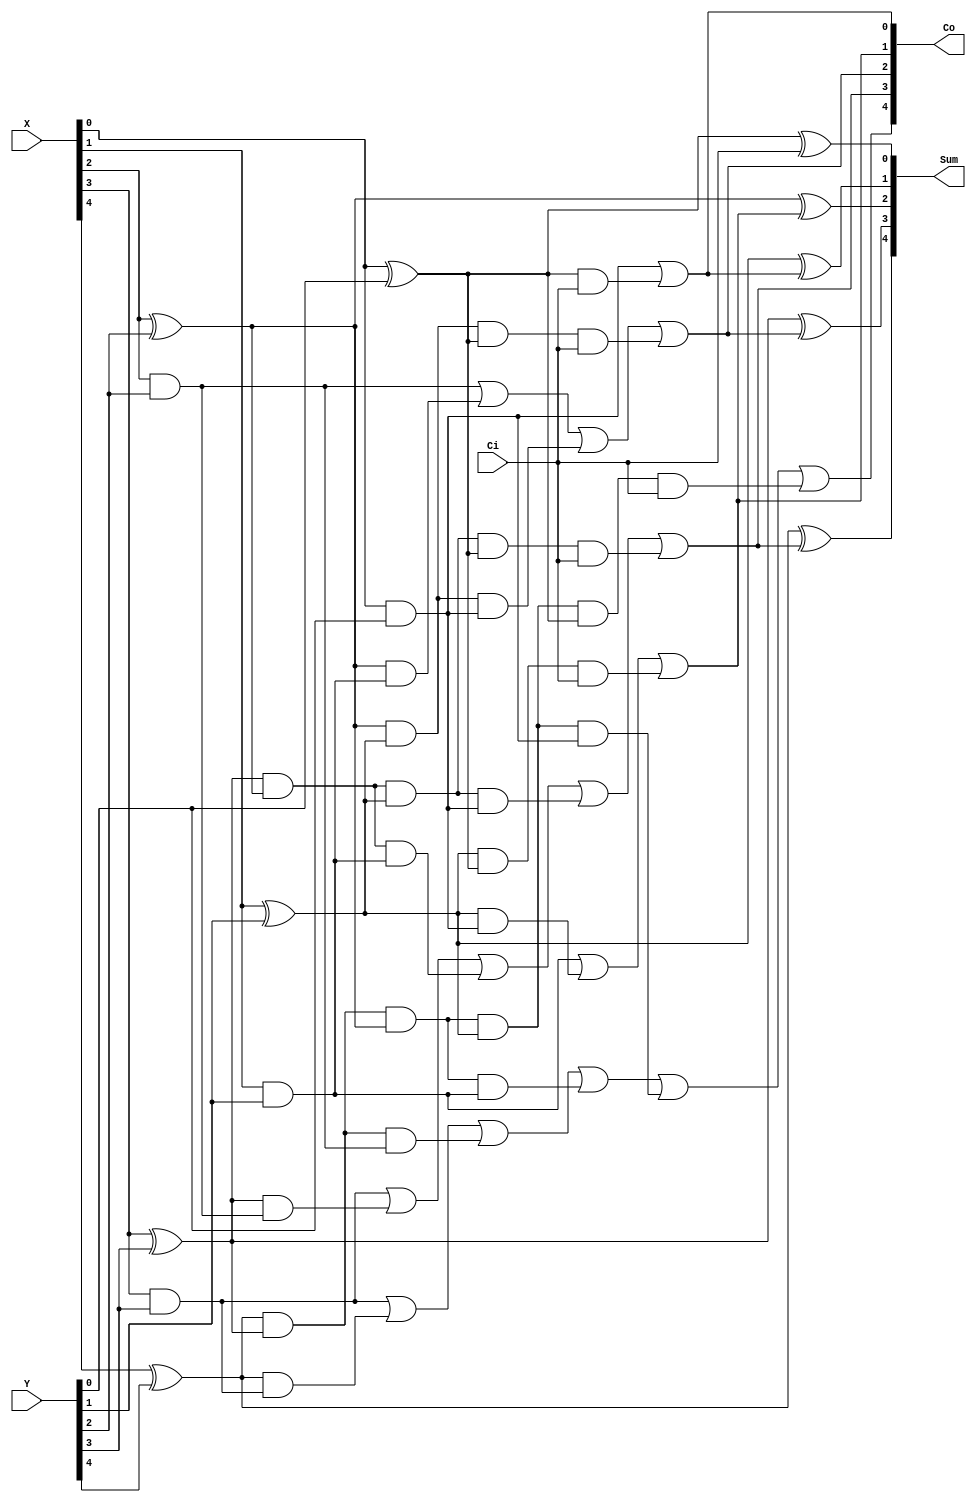
module CLA5bit(X, Y, Ci, Co, Sum);
	input [4:0] X, Y; //ngo vao hai so 4 bits
	input Ci; //co nho ngo vao
	output [4:0] Sum;//ngo ra 4 bits
	output [4:0] Co; //co nho ngo ra
	wire [4:0] Pi, Gi; //lan luot la carry propagate va carry generate
	//reg [3:0] i; //bien dem bit thu i
	//wire [1:0] selec; //bien lua chon trong bo mux4to1
	/*
	CLA cla1(.X(X[3:0]), .Y(Y[3:0]), .Ci(Ci), .Co(Co[3:0]), .Sum(Sum[3:0]));
	
	xor xor1(Pi[4], X[4], Y[4]);
	and and1(Gi[4], X[4], Y[4]);
	and and2(temp1, Pi[4], Co[3]); 
	or or1(Co[4], Gi[4], temp1);
	xor xor2(Sum[4], Pi[4], Co[3]);
	*/
	
	
	//tinh gia tri tai Sum[0]
	xor xor1(Pi[0], X[0], Y[0]);
	and and1(Gi[0], X[0], Y[0]);
	and and2(temp1, Pi[0], Ci); 
	or or1(Co[0], Gi[0], temp1);
	xor xor2(Sum[0], Pi[0], Ci);
	
	
	/*assign Pi[0]<=X[0]^Y[0];
	assign Gi[0]<=X[0]&Y[0];
	assign Co[1]<=Gi[0] | Pi[0]&Ci;
	assign Sum[0] =Pi[0]^Ci;*/
	
	//tinh gia tri tai Sum[1]
	xor xor3(Pi[1], X[1], Y[1]);
	and and3(Gi[1], X[1], Y[1]);
	and and4(temp2, Pi[1], Gi[0]);
	and and5(temp3, Pi[1], Pi[0], Ci);
	or or2(Co[1], Gi[1], temp2, temp3);
	xor xor4(Sum[1], Pi[1], Co[0]);
	
	/*
	//tinh gia tri tai Sum[1]
	assign Pi[1]<=X[1]^Y[1];
	assign Gi[1]<=X[1]&Y[1];
	assign Co[2]<=Gi[1]| Pi[1]&Gi[0] | Pi[1]&Pi[0]&Ci;
	assign Sum[1] =Pi[1]^Co[1];*/
	
	
	//tinh gia tri tai Sum[2]
	xor xor5(Pi[2], X[2], Y[2]);
	and and6(Gi[2], X[2], Y[2]);
	and and7(temp4, Pi[2], Gi[1]);
	and and8(temp5, Pi[2], Pi[1], Gi[0]);
	and and9(temp6, Pi[2], Pi[1], Pi[0], Ci);
	or or3(Co[2], Gi[2], temp4, temp5, temp6);
	xor xor6(Sum[2], Pi[2], Co[1]);
	
	
	/*
	//tinh gia tri tai Sum[2]
	assign Pi[2]<=X[2]^Y[2];
	assign Gi[2]<=X[2]&Y[2];
	assign Co[3]<=Gi[2]+Pi[2]&Gi[1] | Pi[2]&Pi[1]&Gi[0] | Pi[2]&Pi[1]&Pi[0]&Ci;
	assign Sum[2] =Pi[2]^Co[2];*/
	
	
	//tinh gia tri tai Sum[3]
	xor xor7(Pi[3], X[3], Y[3]);
	and and10(Gi[3], X[3], Y[3]);
	and and11(temp7, Pi[3], Gi[2]);
	and and12(temp8, Pi[3], Pi[2], Gi[1]);
	and and13(temp9, Pi[3], Pi[2], Pi[1], Gi[0]);
	and and14(temp10,Pi[3], Pi[2], Pi[1], Pi[0], Ci);
	or or4(Co[3], Gi[3], temp7, temp8, temp9, temp10);
	xor xor8(Sum[3], Pi[3], Co[2]);
	
	/*
	//tinh gia tri tai Sum[3]
	assign Pi[3]<=X[3^Y[3];
	assign Gi[3]<=X[3]&Y[3;
	assign Co[4]<=Gi[3]| Pi[3]&Gi[2] | Pi[3]&Pi[2]&Gi[1] | Pi[3]&Pi[2]&Pi[1]&Gi[0] | Pi[3]&Pi[2]&Pi[1]&Pi[0]&Ci;
	assign Sum[3] =Pi[3]^Co[3];*/
		

		//tinh gia tri tai Sum[3]
	xor xor9(Pi[4], X[4], Y[4]);
	and and15(Gi[4], X[4], Y[4]);
	and and16(temp11, Pi[4], Gi[3]);
	and and17(temp12, Pi[4], Pi[3], Gi[2]);
	and and18(temp13, Pi[4], Pi[3], Pi[2], Gi[1]);
	and and19(temp14,Pi[4], Pi[3], Pi[2], Pi[1], Gi[0]);
	and and20(temp15,Pi[4], Pi[3], Pi[2], Pi[1], Pi[0], Ci);
	or or5(Co[4], Gi[3], temp11, temp12, temp13, temp14, temp15);
	xor xor10(Sum[4], Pi[4], Co[3]);
	
	
	
endmodule